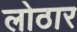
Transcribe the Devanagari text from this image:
लोठार